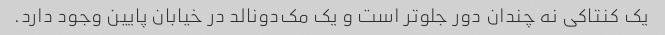
یک کنتاکی نه چندان دور جلوتر است و یک مک‌دونالد در خیابان پایین وجود دارد.